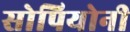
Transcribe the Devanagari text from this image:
सोपियोनी